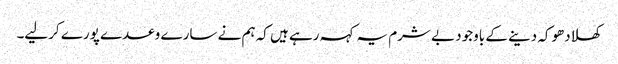
کھلادھوکہ دینے کے باوجود بے شرم یہ کہہ رہے ہیں کہ ہم نے سارے وعدے پورے کرلیے۔